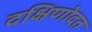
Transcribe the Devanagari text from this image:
दक्षिणोदत